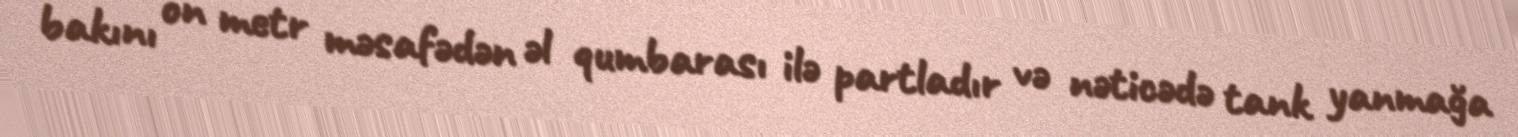
bakını on metr məsafədən əl qumbarası ilə partladır və nəticədə tank yanmağa